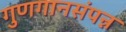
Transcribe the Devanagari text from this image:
गुणगानसंपन्न